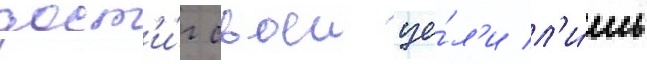
дост'и́г своеи це́л'и л'и́шь